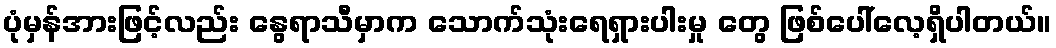
ပုံမှန်အားဖြင့်လည်း နွေရာသီမှာက သောက်သုံးရေရှားပါးမှု တွေ ဖြစ်ပေါ်လေ့ရှိပါတယ်။